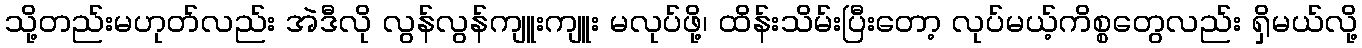
သို့တည်းမဟုတ်လည်း အဲဒီလို လွန်လွန်ကျူးကျူး မလုပ်ဖို့၊ ထိန်းသိမ်းပြီးတော့ လုပ်မယ့်ကိစ္စတွေလည်း ရှိမယ်လို့